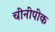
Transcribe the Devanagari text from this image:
चीनीपीक